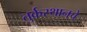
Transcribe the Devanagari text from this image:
तुर्कस्थानचे